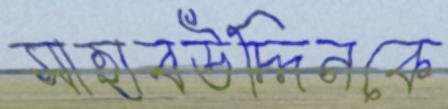
সাহাবউদ্দিনকে